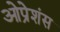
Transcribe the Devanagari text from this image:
ओप्रेशंस